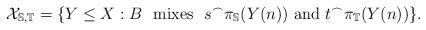
LaTeX: \begin{align*}\mathcal X_{\mathbb S, \mathbb T} = \{Y\leq X : B\ \mbox{ mixes }\ s^{\frown}\pi_{\mathbb S}(Y(n))\mbox{ and } t^{\frown}\pi_{\mathbb T}(Y(n))\}.\end{align*}